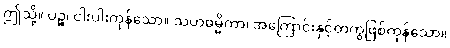
ဤသို့။ ပဉ္စ၊ ငါးပါးကုန်သော။ သဟဓမ္မိကာ၊ အကြောင်းနှင့်တကွဖြစ်ကုန်သော။